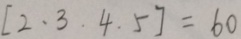
[ 2 . 3 . 4 . 5 ] = 6 0